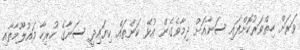
ވަރަށް ހިތްވަރުކޮށްފައި ސަނާއަށް ދިމާވެގެން އުޅޭ ކަންތައް ކިޔައިދީ ސަނާގެ ހުރިހާ މައުލޫމާތާއި